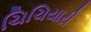
ચિચિયારી